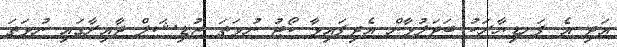
އަދި އެ ފަނޑިޔާރަކު ބަދަލުވާން އެދިފައިވާ ކޯޓު ނުވަތަ ޖުޑިޝަލް ދާއިރާގައި ނުވަތަ